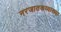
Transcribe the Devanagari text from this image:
नरजातकव्याख्या